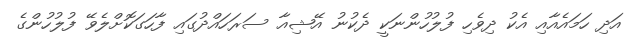
އަދި ހަމައެއާއި އެކު ދިވެހި ފުލުހުންނަކީ ދެކުނު އޭޝިއާ ސަރަހައްދުގައި ފާހަގަކޮށްލެވޭ ފުލުހުންގެ